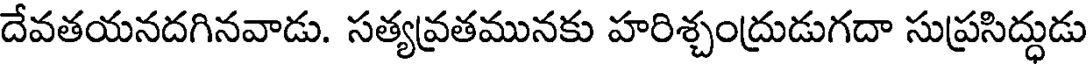
దేవతయనదగినవాడు. సత్యవ్రతమునకు హరిశ్చంద్రుడుగదా సుప్రసిద్ధుడు